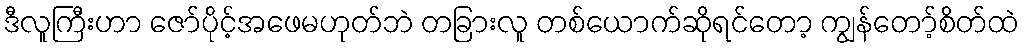
ဒီလူကြီးဟာ ဇော်ပိုင့်အဖေမဟုတ်ဘဲ တခြားလူ တစ်ယောက်ဆိုရင်တော့ ကျွန်တော့်စိတ်ထဲ